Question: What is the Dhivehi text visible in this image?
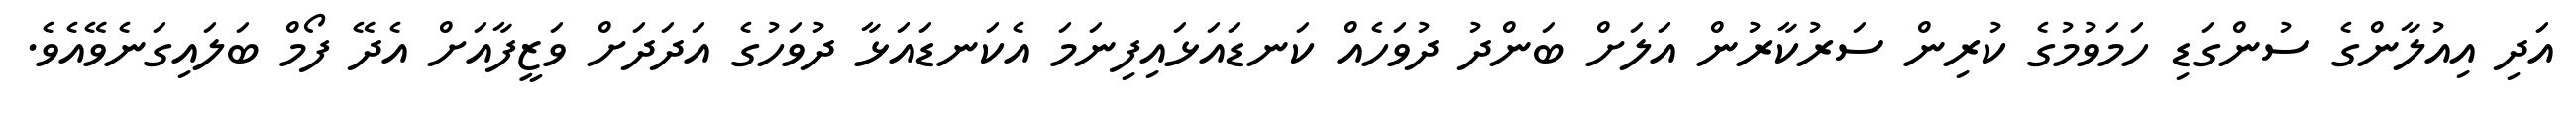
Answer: އަދި އިއުލާންގެ ސުންގަޑި ހަމަވުމުގެ ކުރިން ސަރުކާރުން އަލަށް ބަންދު ދުވަހެއް ކަނޑައަޅައިފިނަމަ އެކަނޑައަޅާ ދުވަހުގެ އަދަދަށް ވަޒީފާއަށް އެދޭ ފޯމް ބަލައިގަނެވޭއެވެ.